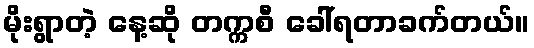
မိုးရွာတဲ့ နေ့ဆို တက္ကစီ ခေါ်ရတာခက်တယ်။